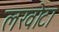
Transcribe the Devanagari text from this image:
लखोटा